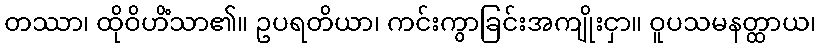
တဿာ၊ ထိုဝိဟိံသာ၏။ ဥပရတိယာ၊ ကင်းကွာခြင်းအကျိုးငှာ။ ဝူပသမနတ္ထာယ၊